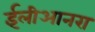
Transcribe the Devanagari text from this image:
ईलीआनरा